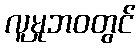
လူမှုဘဝတွင်